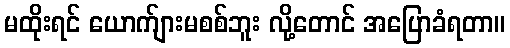
မထိုးရင် ယောက်ျားမစစ်ဘူး လို့တောင် အပြောခံရတာ။